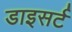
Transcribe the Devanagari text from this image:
डाइसर्ट